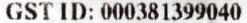
GST ID: 000381399040